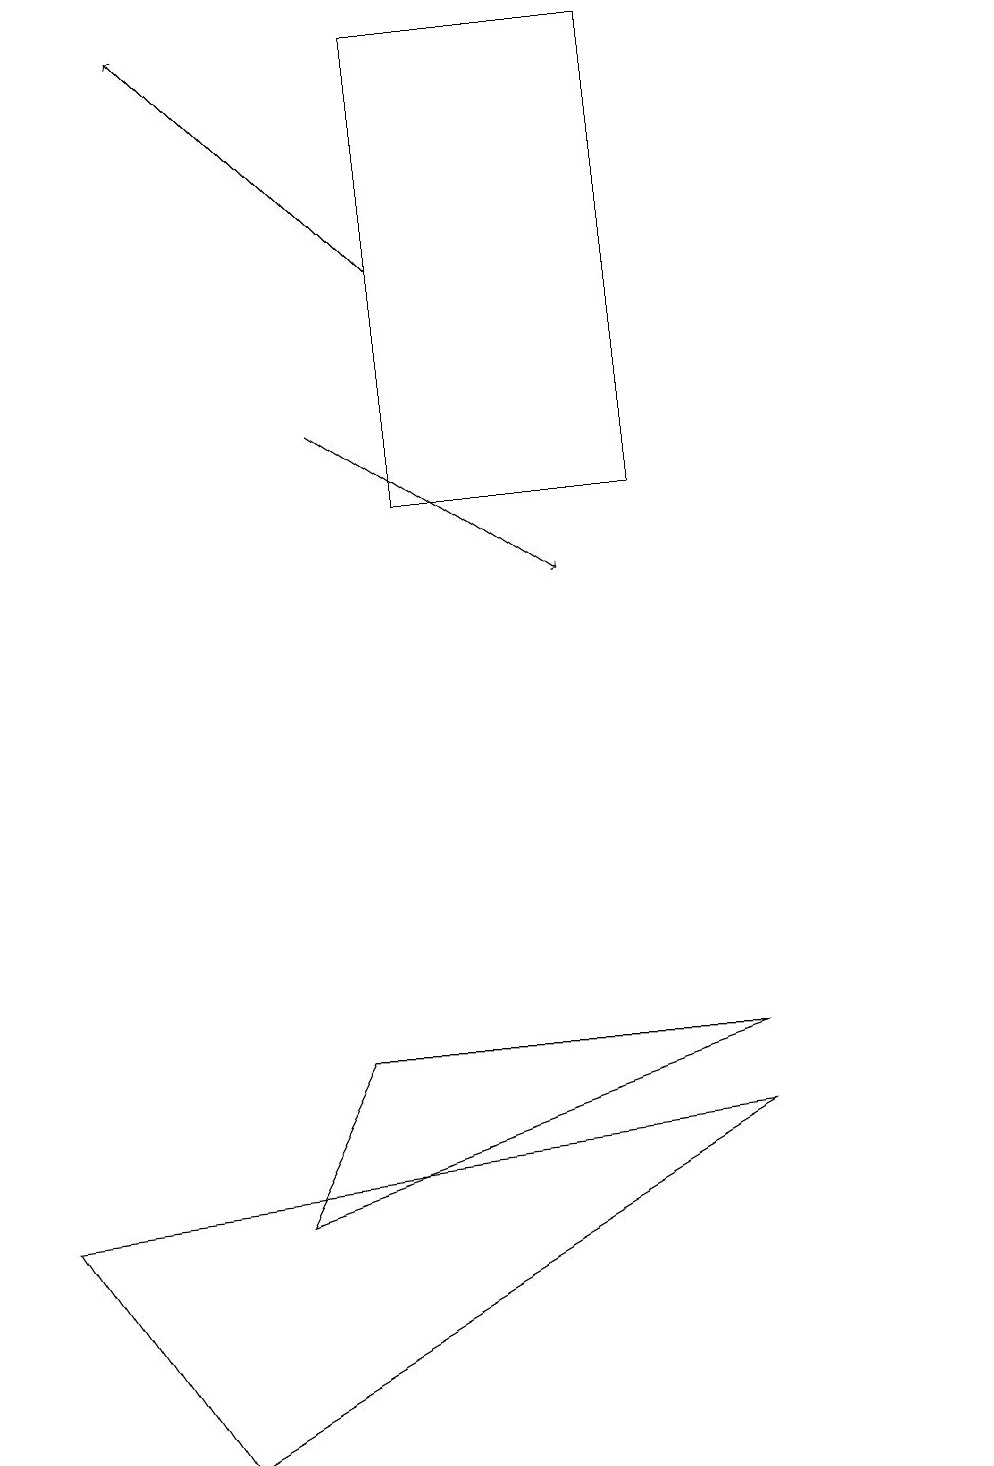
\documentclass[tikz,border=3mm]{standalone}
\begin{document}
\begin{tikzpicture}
\draw[->] (5,15) -- (2,18);
\draw (12,10) circle (0);
\draw[->] (4,13) -- (7,11);
\draw (8,12) rectangle (5,18);
\draw (9,5) -- (4,5) -- (3,3) -- cycle;
\draw (2,0) -- (0,3) -- (9,4) -- cycle;
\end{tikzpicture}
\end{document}